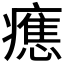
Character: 𰤃